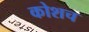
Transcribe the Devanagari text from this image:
कोशच